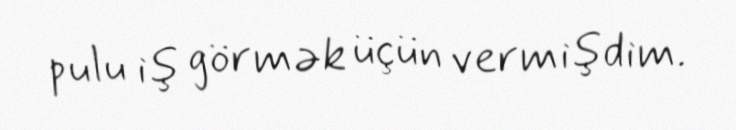
pulu iş görmək üçün vermişdim.